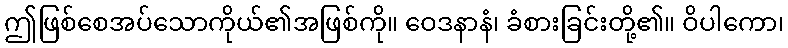
ဤဖြစ်စေအပ်သောကိုယ်၏အဖြစ်ကို။ ဝေဒနာနံ၊ ခံစားခြင်းတို့၏။ ဝိပါကော၊